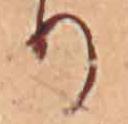
り